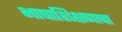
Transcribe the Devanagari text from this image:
भाषाशिक्षणाचा